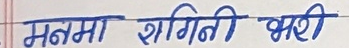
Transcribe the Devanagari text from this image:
मनमा शागिनी भरी